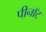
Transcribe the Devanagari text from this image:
पीनॉट